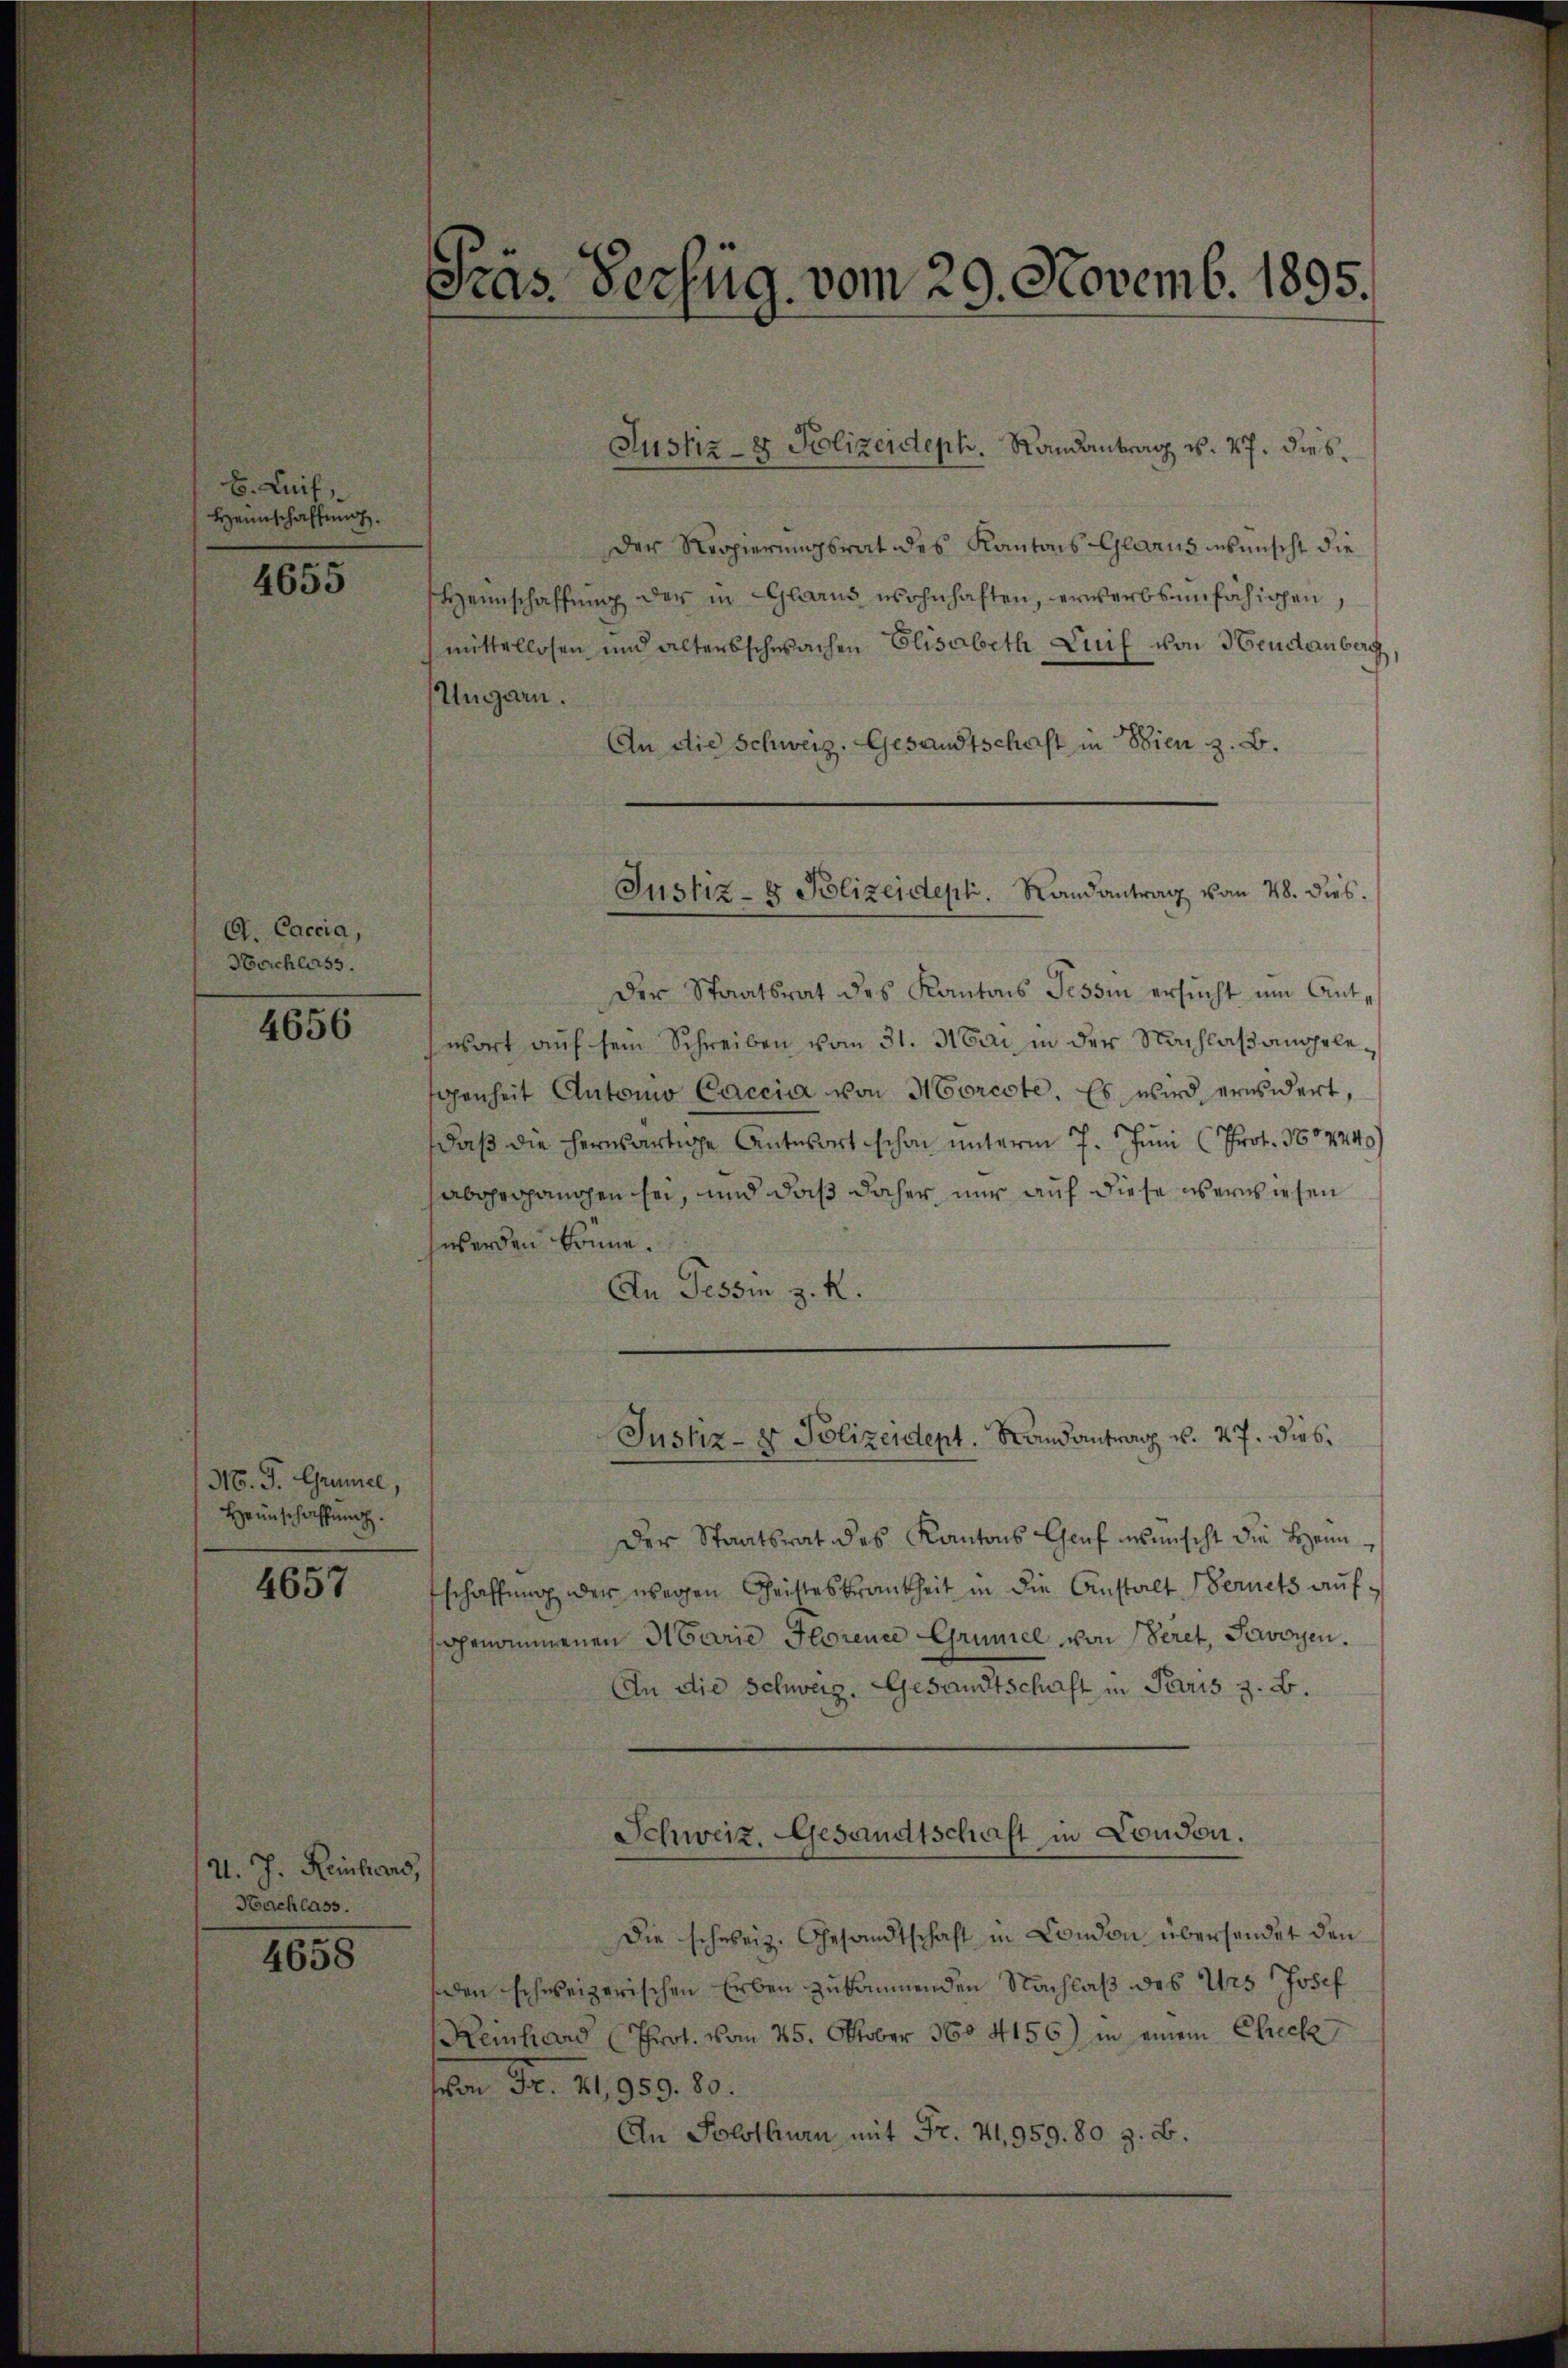
b. Lif
Heimschaffung.

4655

C. Caccia,
Horchlass.

4656

M. J. Grünel,
Heimschaffung.

4657

d. J. Reinhard,
Hachlass.

4658

Präs. Verzug vom 29. Novemb. 1895.

der Regierungsrat des Kantons Glarus wünscht die
Heimschaffŭng der in Glarus wohnhaften, erwerbsunfähigen,
mittellosen und altersschwachen Elisabeth Luif von Neudenberg,
Ungarn.
An die Schweiz. Gesandtschaft in Wien z. B.

Der Staatsrat des Kantons Tessin ersucht um Antwort auf sein Schreiben vom 31. Mai, in der Nachlaßangelegenheit Automo Caccia von Morcote. Es wird erwidert,
daß die herwärtige Antwort schon unterm 7. Juni (Prot. 3004240)
habgegangen sei, und daß daher, nur auf diese überwiesen
hwerden könne.
An Tessin z. R.
Der Staatsrat des Kantons Genf wünscht die Heimfschaffung der wegen Geisteskrankheit in die Anstalt Fernets aufggenommenen Marie Horence Grüniel von Seret, Savoyen.
An die Schweiz. Gesandtschaft in Paris z. B.
Schweiz. Gesandtschaft in London.
Die schweiz. Gesandtschaft in Condon übersendet den
siden schweizerischen Erben zukommenden Nachlaß des Urs Josef
Reinhard (Prot. vom 25. Oktober 1604156) in einem Check
von Fr. 41,959. 80.
An Solothurn mit Fr. 4, 959. 80 z. B.

Justiz- & Polizeideph. Randantrag v. 27. dies

Justiz- & Polizeidept. Randantrag vom 28. dies.

Justiz- & Polizeident. Randantrag v. 27. dies